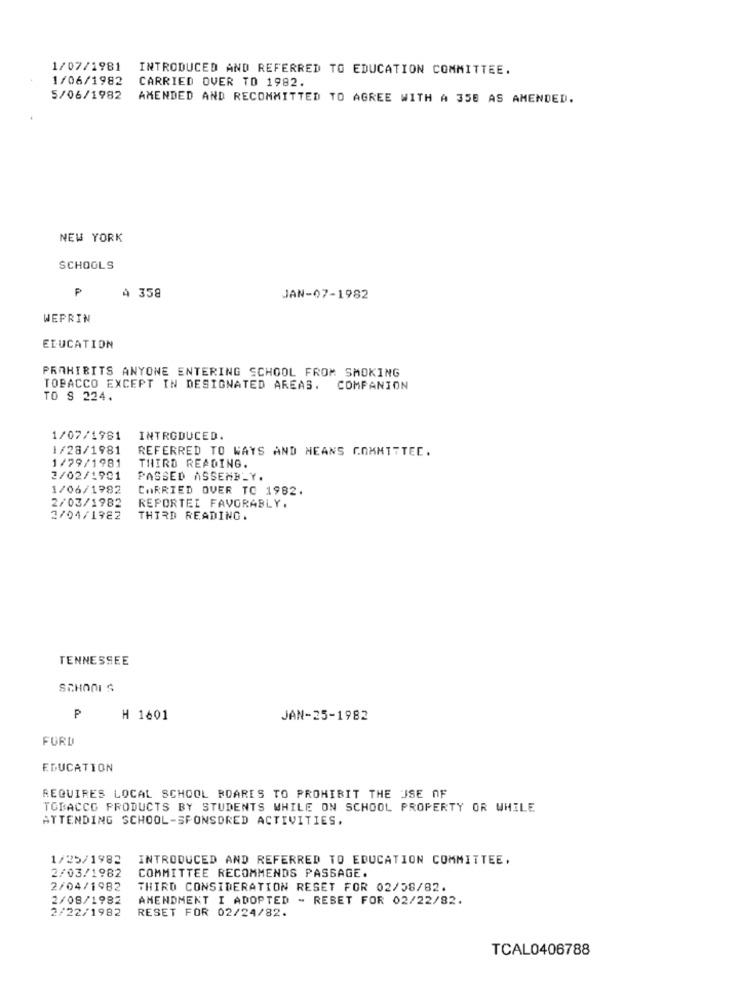
1/07/1981
INTRODUCED AND REFERRED TO EDUCATION COMMITTEE.
1/06/1982
CARRIED OVER TO 1982.
5/06/1982
AMENDED AND RECOMMITTED TO AGREE WITH A 358 AS AMENDED.
NEW YORK
SCHOOLS
₱
4 358
JAN-07-1982
WEPRIN
EDUCATION
PROHIBITS ANYONE ENTERING SCHOOL FROM SMOKING
TOPACCO EXCEPT IN DESIGNATED AREAS. COMPANION
TO S 224.
1/07/1981
INTRODUCED.
1/28/1981
REFERRED TO WAYS AND MEANS COMMITTEE.
1/29/1981
THIRD READING.
2/02/1901
PASSED ASSEMBLY.
1/06/1982
CARRIED OVER TO 1982.
2/03/1982
REPORTEI FAVORABLY.
2/04/1982
THIRD READING.
TENNESSEE
SCHONI S
₱
H 1601
JAN-25-1982
FORD
EDUCATION
REQUIRES LOCAL SCHOOL ROARES TO PROHIBIT THE USE OF
TOBACCO PRODUCTS BY STUDENTS WHILE ON SCHOOL PROPERTY OR WHILE
ATTENDING SCHOOL-SPONSORED ACTIVITIES.
1/25/1982
INTRODUCED AND REFERRED TO EDUCATION COMMITTEE.
2/03/1982
COMMITTEE RECOMMENDS PASSAGE.
2/04/1982
THIRD CONSIDERATION RESET FOR 02/08/82.
2/08/1982
AMENDMENT I ADOPTED - REBET FOR 02/22/82.
2/22/1982
RESET FOR 02/24/82.
TCAL0406788